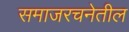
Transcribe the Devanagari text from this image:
समाजरचनेतील